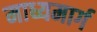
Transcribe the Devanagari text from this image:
माध्यमार्ग